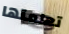
تعلمتها